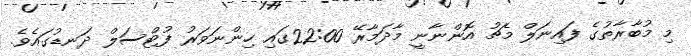
މި މުބާރާތުގެ ފައިނަލް މެޗު އޮންނާނީ މާދަމާރޭ 22:00ގައި ހިންނަވަރު ފުޓްސަލް ދަނޑުގައެވެ.